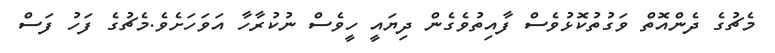
މެޗުގެ ދެންއޮތް ވަގުތުކޮޅުވެސް ފާއިތުވެގެން ދިޔައީ ހީވެސް ނުކުރާހާ އަވަހަށެވެ.މެޗުގެ ފަހު ފަސް